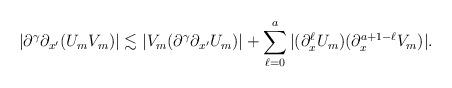
LaTeX: \begin{align*} |\partial^{\gamma}\partial_{x'}(U_{m}V_{m})|\lesssim |V_m(\partial^{\gamma}\partial_{x'} U_{m})| + \sum_{\ell=0}^{a}|(\partial_x^\ell U_m) (\partial_x^{a+1-\ell}V_{m})|.\end{align*}